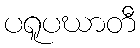
ပရူပဃာတီ